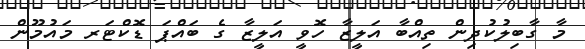
މާ ގާބިލުކުދިން ތިއްބާ އަލީޒާ ހޮވީ އަލީޒާ ގެ ބައްޕަ ޑޮކްޓަރ މައުމޫން